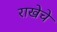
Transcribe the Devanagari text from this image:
राखेचे